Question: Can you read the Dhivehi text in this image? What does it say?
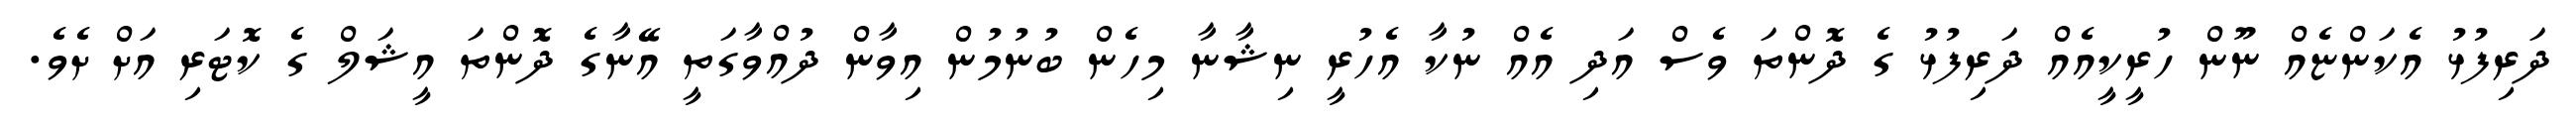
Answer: ދަރިފުޅު އެކަންޏެއް ނޫން ހުރީކީއެއް ދަރިފުޅު ގެ ދޮންތަ ވެސް އަދި އެއް ނުކާ އެހުރީ ނިޝާނާ މިހެން ބުނުމުން އިވާން ދުއްވާގަތީ އޭނާގެ ދޮންތަ އީޝަލް ގެ ކޮޓަރި އަށް ށެވެ.